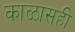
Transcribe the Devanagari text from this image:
काळासही